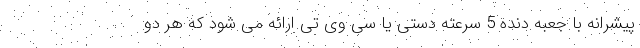
پیشرانه با جعبه دنده 5 سرعته دستی یا سی وی تی ارائه می شود که هر دو